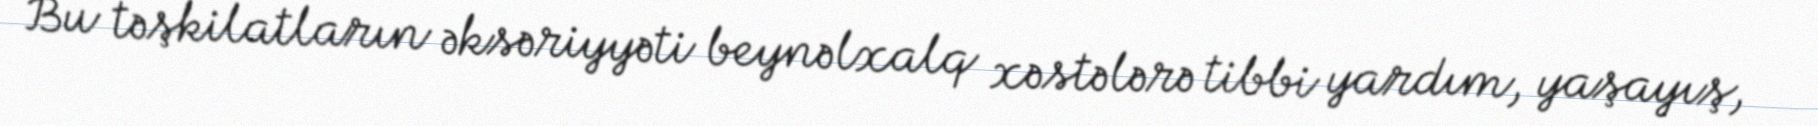
Bu təşkilatların əksəriyyəti beynəlxalq xəstələrə tibbi yardım, yaşayış,